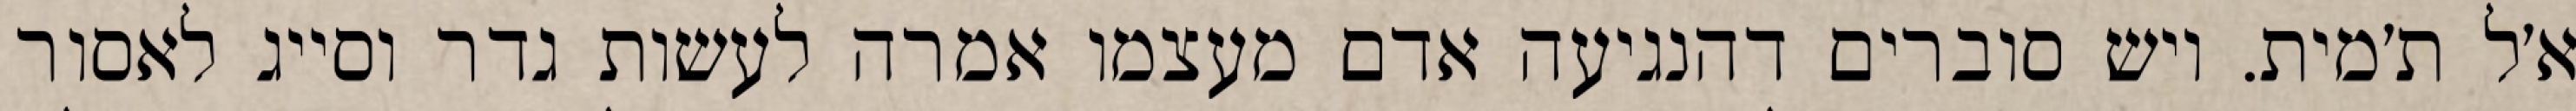
א׳ל ת׳מית. ויש סוברים דהנגיעה אדם מעצמו אמרה לעשות גדר וסייג לאסור